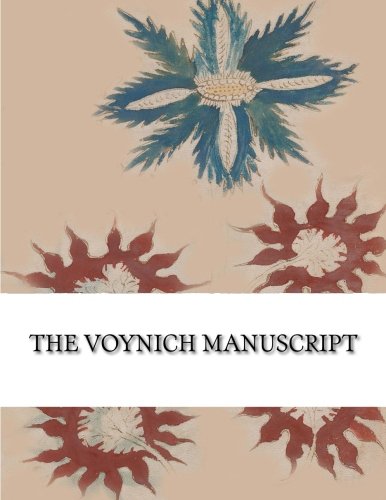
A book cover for The Voynich Manuscript: Full Color Photographic Edition; Author Unknown; History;